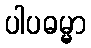
ပါပဓမ္မာ